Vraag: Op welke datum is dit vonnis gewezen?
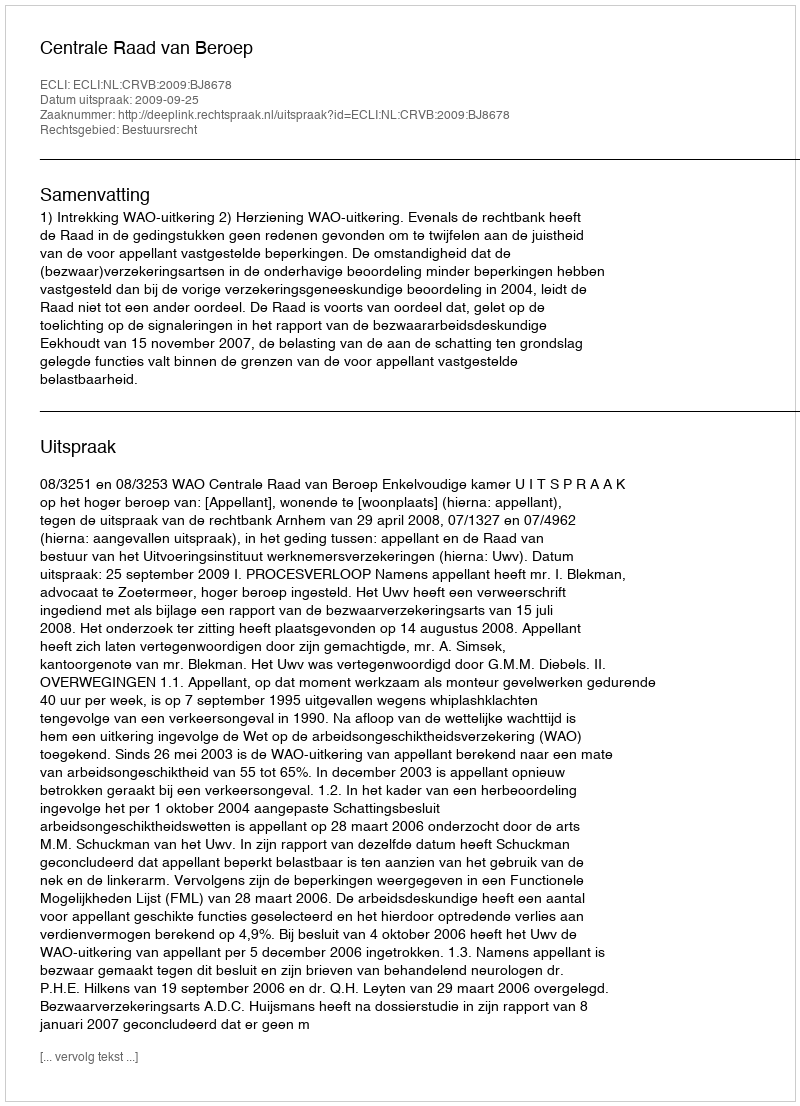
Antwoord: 2009-09-25